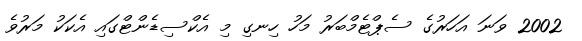
2002 ވަނަ އަހަރުގެ ސެޕްޓެމްބަރު މަހު ހިނގި މި އެކްސިޑެންޓްގައި އެކަކު މަރުވެ